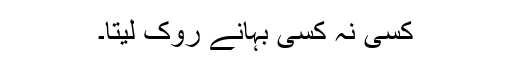
کسی نہ کسی بہانے روک لیتا۔